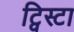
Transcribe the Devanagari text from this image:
ट्विस्टा